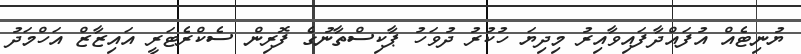
ޔުނިޓެއް އުފައްދާފައިވާއިރު މިދިޔަ ހުކުރު ދުވަހު ޕާކިސްތާނުގެ ފޮރިން ސެކްރެޓަރީ އައިޒާޒް އަހްމަދު